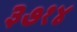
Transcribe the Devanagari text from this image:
३७१४